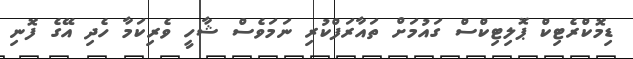
ޑިމޮކްރެޓިކް ޕޮލިޓިކްސް ގައުމަށް ތައާރަފްކުރި ނަމަވެސް ޝާހީ ވެރިކަމާ ހެދި އޭގެ ފޮނި